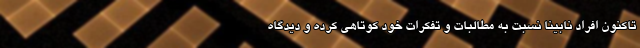
تاکنون افراد نابینا نسبت به مطالبات و تفکرات خود کوتاهی کرده و دیدگاه